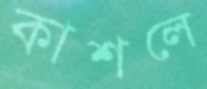
কাশলে